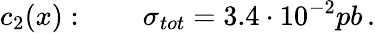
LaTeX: c_{2}(x):\qquad\sigma_{tot}=3.4\cdot 10^{-2}pb\, .